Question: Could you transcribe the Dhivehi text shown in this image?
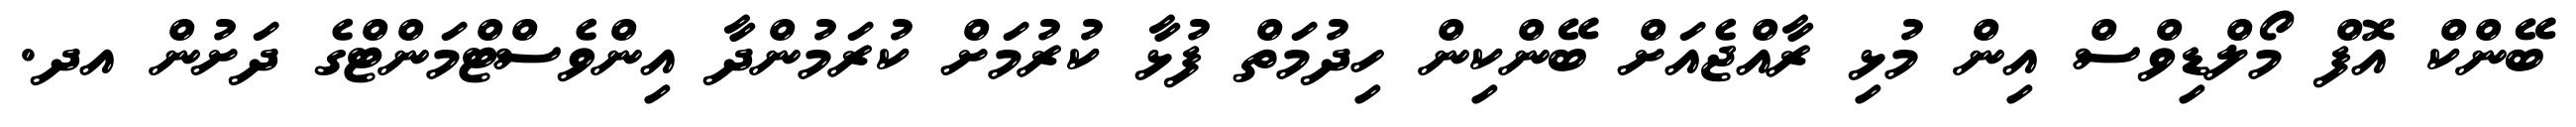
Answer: ބޭންކް އޮފް މޯލްޑިވްސް އިން މުޅި ރާއްޖެއަށް ބޭންކިން ހިދުމަތް ފުޅާ ކުރުމަށް ކުރަމުންދާ އިންވެސްޓްމަންޓްގެ ދަށުން އދ.